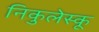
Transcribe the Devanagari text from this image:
निकुलेस्कू